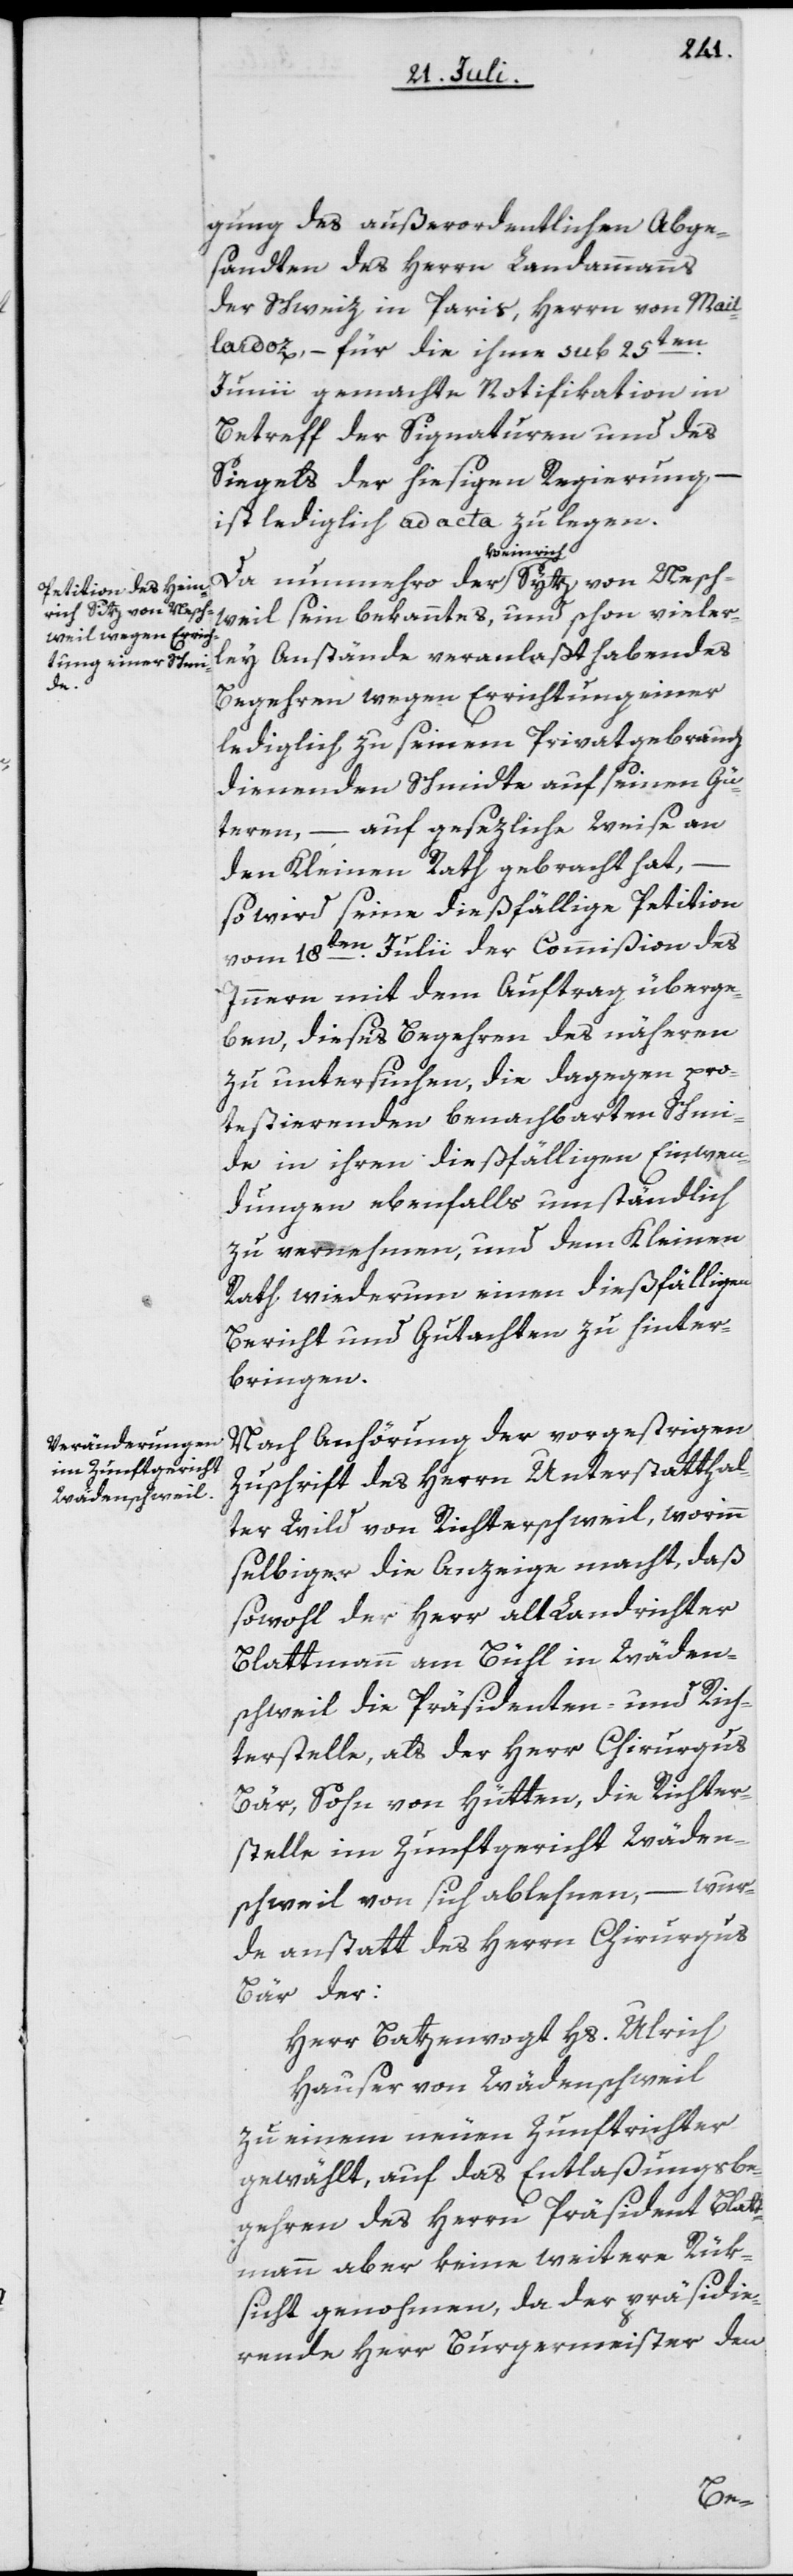
Nes¬

gung des außerordentlichen Abge¬
sandten des Herrn Landammanns
der Schweiz in Paris, Herrn von Mail¬
lardoz, – für die ihme sub 25ten
Junii gemachte Notifikation in
Betreff der Signaturen und des
Siegels der hiesigen Regierung, –
ist lediglich ad acta zu legen.
a-Heinrich-a
chweil sein bekanntes, und schon vieler¬
ley Anstände veranlaßt habendes
Begehren wegen Errichtung einer
lediglich zu seinem Privatgebrauch
dienenden Schmidte auf seinen Gü¬
teren, – auf gesezliche Weise an
den Kleinen Rath gebracht hat,
so wird seine dießfällige Petition
vom 18ten Julii der Commißion des
Innern mit dem Auftrag überge¬
ben, dieses Begehren des Näheren
zu untersuchen, die dagegen pro¬
testierenden benachbarten Schm¬
ide in ihren dießfälligen Einwen¬
dungen ebenfalls umständlich
zu vernehmen, und dem Kleinen
Rath wiederum einen dießfälligen
Bericht und Gutachten zu hinter¬
bringen.
Nach Anhörung der vorgestrigen
Zuschrift des Herrn Unterstatthal¬
ter Wild von Richterschweil, worinn
selbiger die Anzeige macht, daß
sowohl der Herr alt Landrichter
Blattmann am Bühl in Wäden¬
schweil die Präsidenten- und Rich¬
terstelle, als der Herr Chirurgus
Bär, Sohn von Hütten, die Richter¬
stelle im Zunftgericht Wäden¬
schweil von sich ablehnen, – wur¬
de anstatt des Herrn Chirurgus
Bär der:
Herr Batzenvogt Hs. Ulrich
Hauser von Wädenschweil
zu einem neuen Zunftrichter
gewählt, auf das Entlaßungsbe¬
gehren des Herrn Präsident Blatt¬
mann aber keine weitere Rük¬
sicht genohmen, da der präsidie¬
rende Herr Burgermeister den